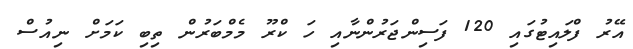
އޭރު ފްލައިޓުގައި 120 ފަސިންޖަރުންނާއި ހަ ކްރޫ މެމްބަރުން ތިބި ކަމަށް ނިއުސް